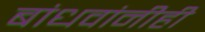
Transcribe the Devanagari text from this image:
बांधवांनीही